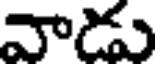
వాడు